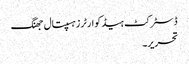
ڈسٹرکٹ ہیڈ کوارٹرزہسپتال جھنگ
تحریر۔